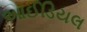
આઈડિયલ